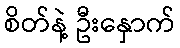
စိတ်နဲ့ ဦးနှောက်